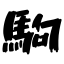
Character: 駒